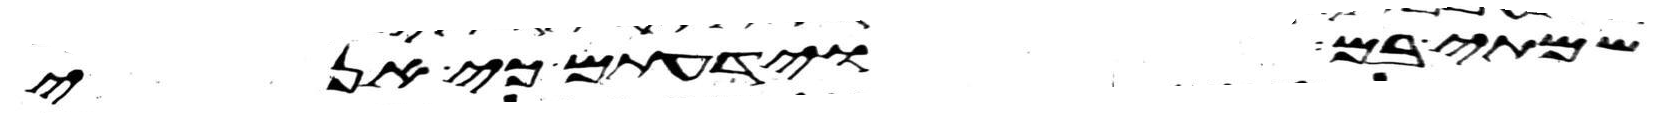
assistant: שמתי בם וידעתם כי אני